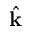
\hat { \bf k }